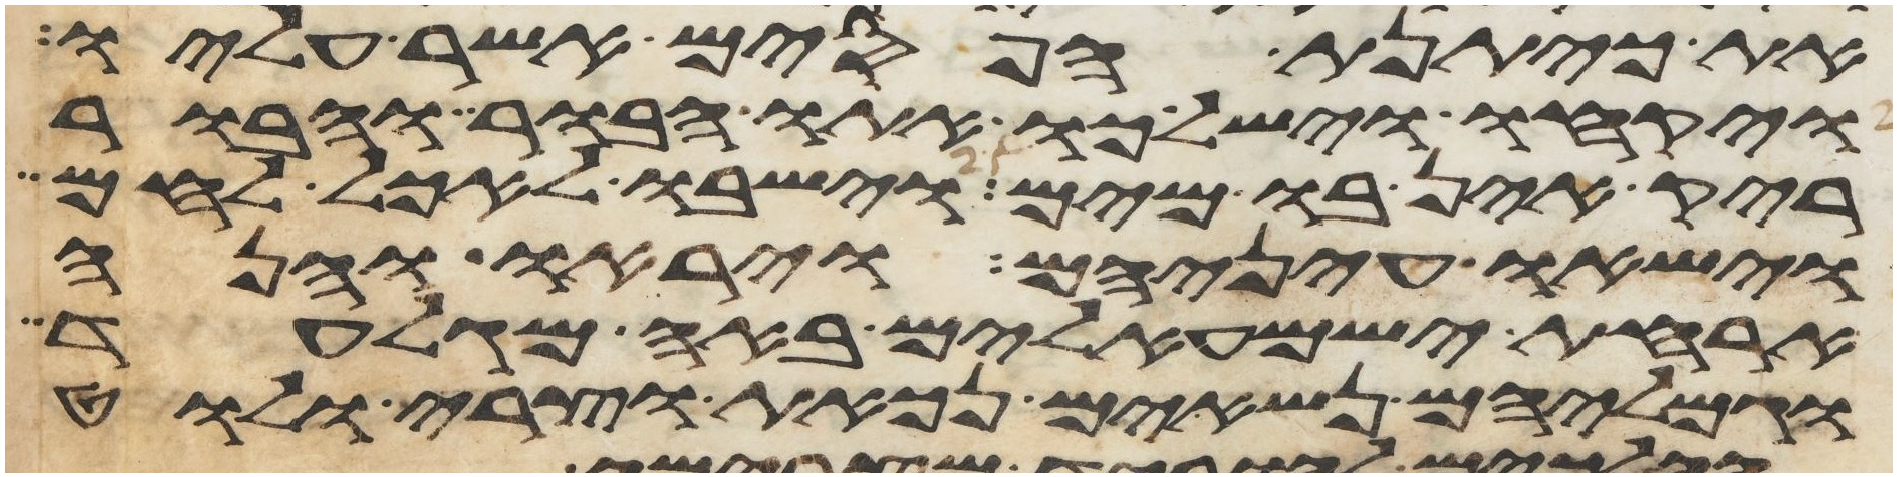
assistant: את כיתנת הפסים אשר עליו
ויקחו וישלכו אתו הבור והבור
ריק אין בו מים וישבו לאכל לחם
וישאו עיניהם ויראו והנה
ארחת ישמעאלים באה מגלעד
וגמליהם נשאים נכאת וצרי ולוט